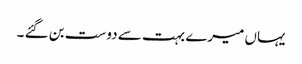
یہاں میرے بہت سے دوست بن گئے ۔